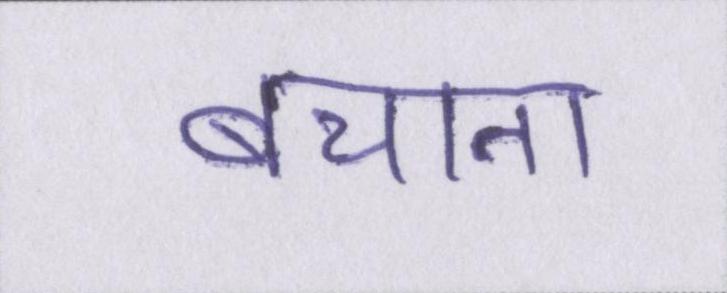
बचाना